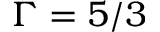
\Gamma = 5 / 3